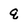
Character: q